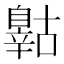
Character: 𲅈